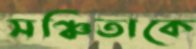
সঞ্চিতাকে